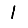
Digit: 1